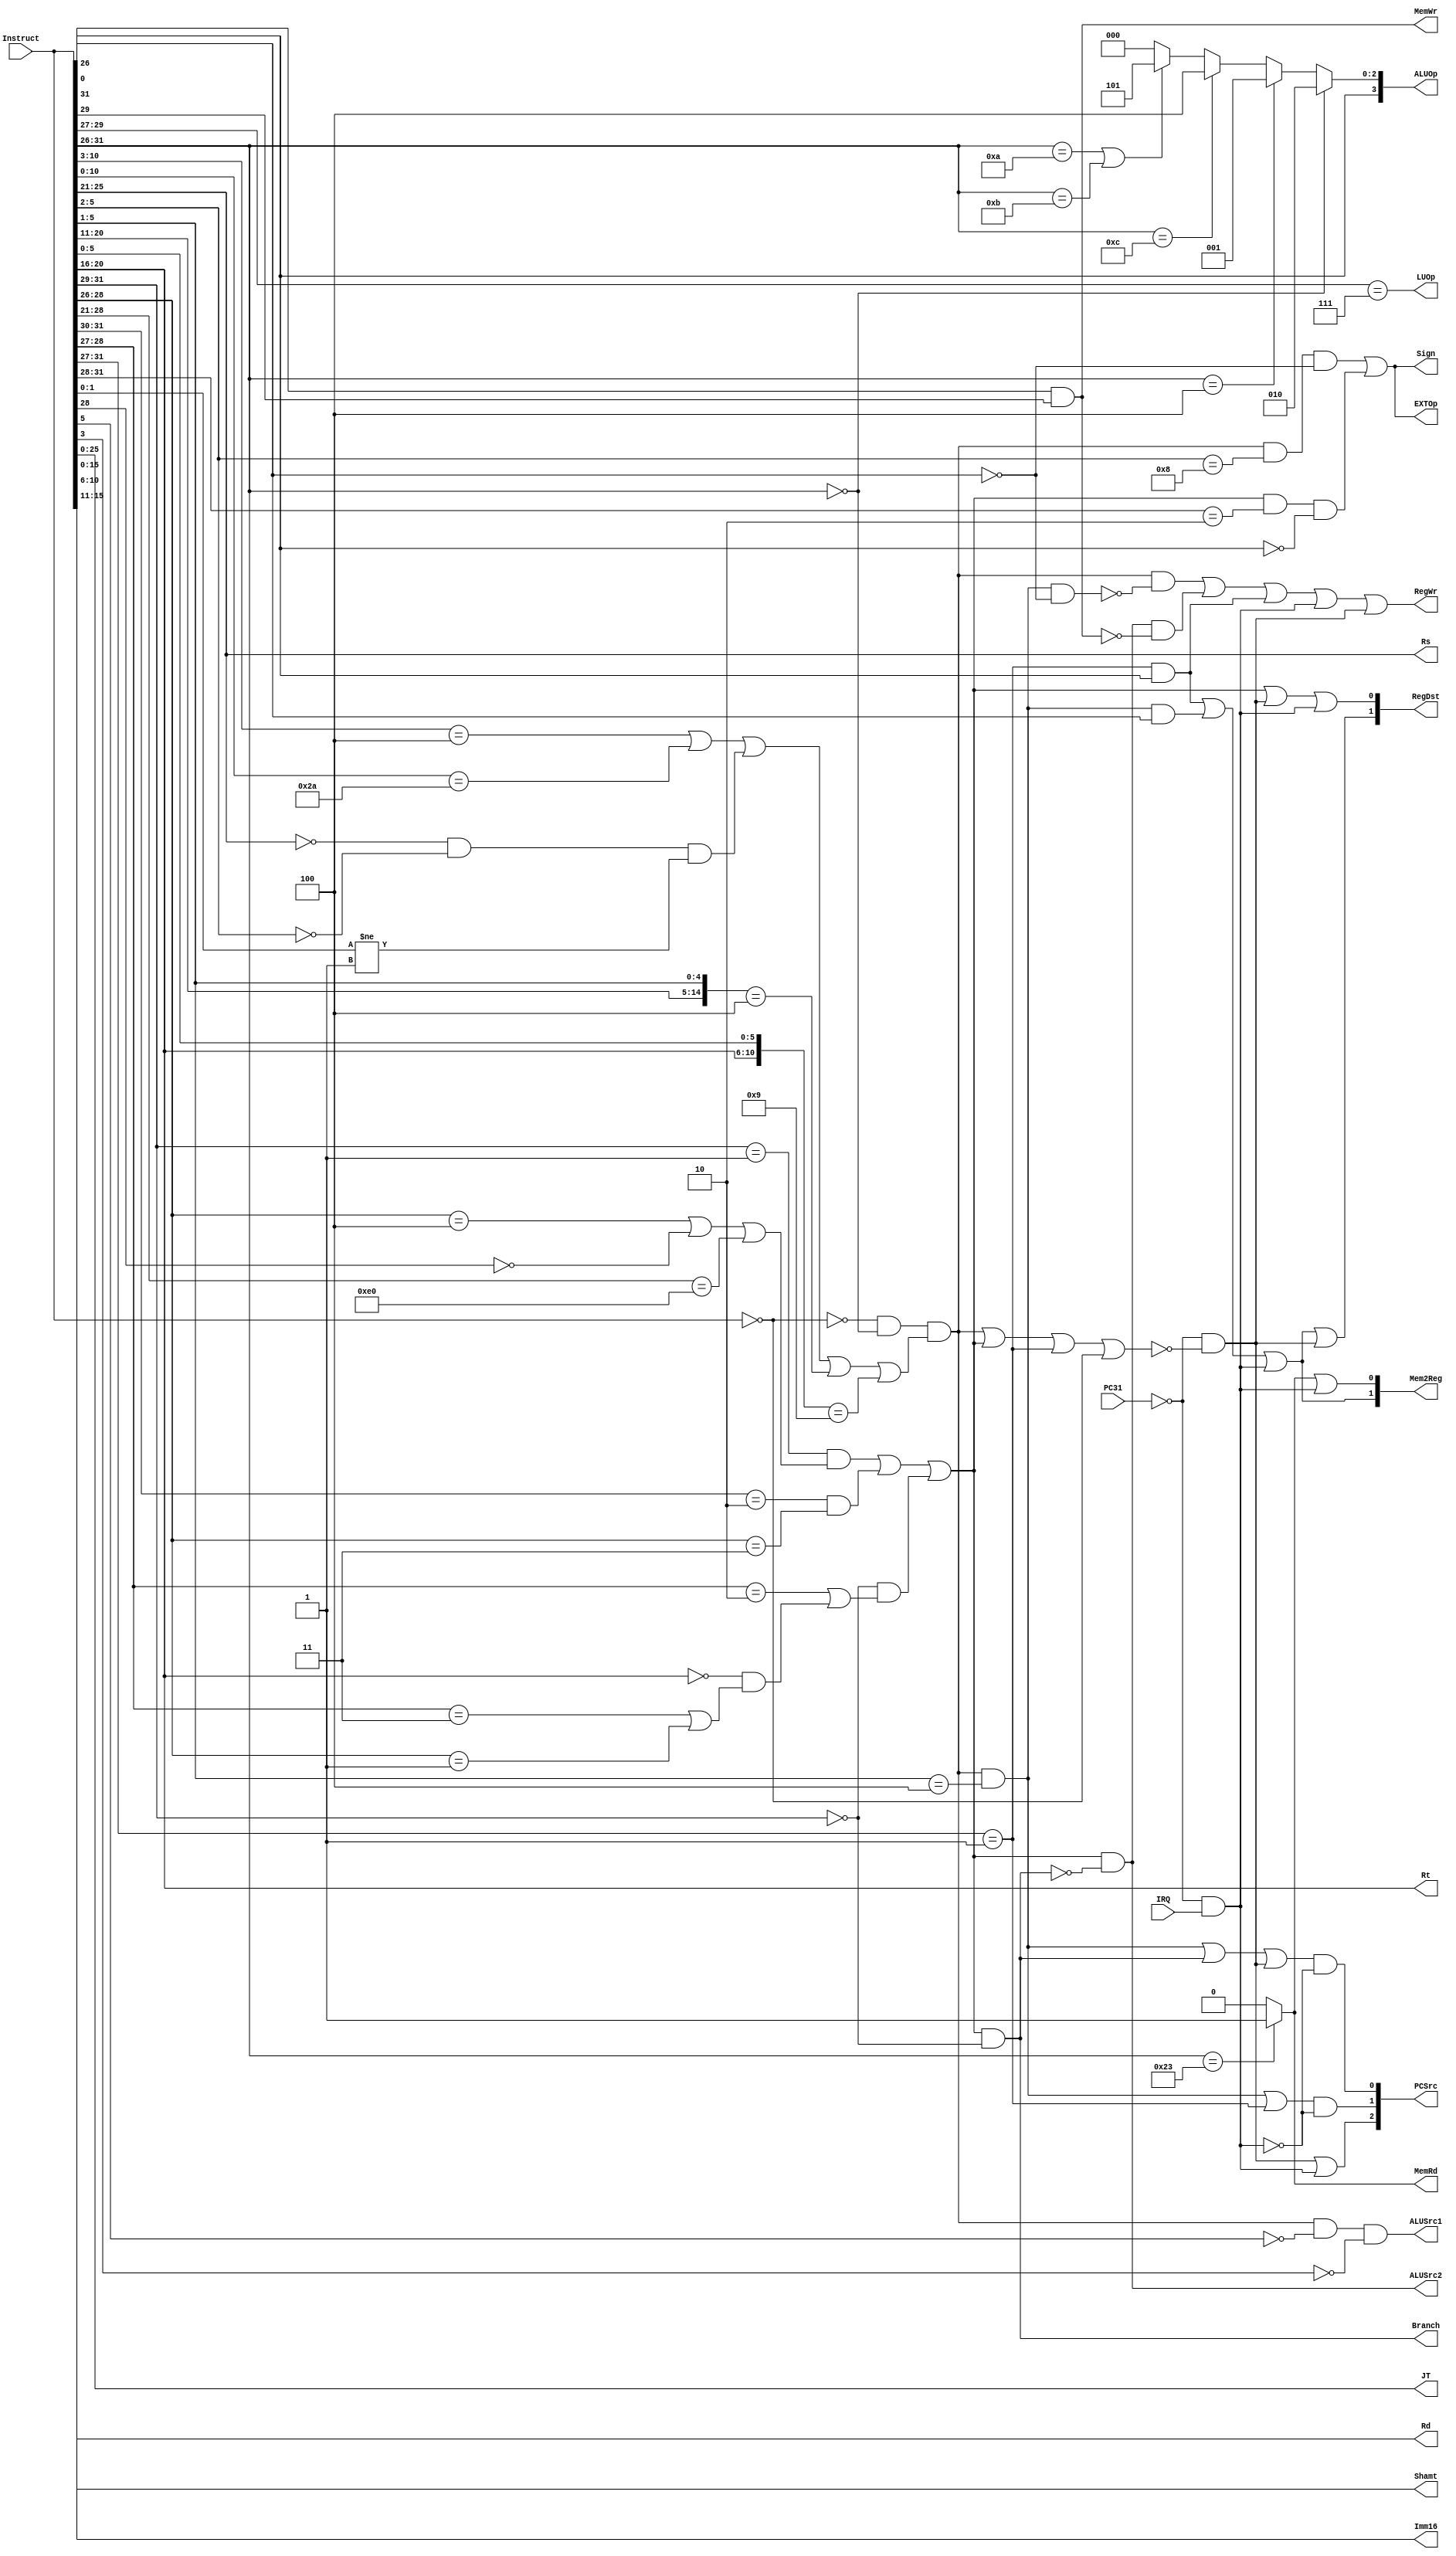
module Control(Instruct, PC31,IRQ, JT, Imm16, Shamt, Rd,Rt,Rs,PCSrc,RegDst,
  RegWr,ALUSrc1,ALUSrc2,ALUOp,Sign,MemWr,MemRd,Mem2Reg,EXTOp,LUOp, Branch);
  
  input [31:0] Instruct; 
  input PC31;
  input IRQ; 
  output [25:0] JT;
  output [15:0] Imm16;
  output [4:0] Shamt, Rd, Rt, Rs;
  output [2:0] PCSrc;
  output [1:0] RegDst, Mem2Reg;
  output [3:0] ALUOp;
  output RegWr, ALUSrc1, ALUSrc2, Sign, MemWr, MemRd, EXTOp, LUOp, Branch;

  wire  [5:0] Opcode, Funct;  //Opcode, Funct
  wire R,I,J,JR,nop;          //
  wire Branch; //
  wire state;               //?(0)?(1)
  wire bad_instruction;          //?
  wire IRQ_proc; //
  wire EXP_proc; //

  assign Opcode=Instruct[31:26];
  assign Funct=Instruct[5:0];
  assign JT=Instruct[25:0]; 
  assign Imm16=Instruct[15:0];
  assign Shamt=Instruct[10:6];
  assign Rd=Instruct[15:11];
  assign Rt=Instruct[20:16];
  assign Rs=Instruct[25:21];

  assign nop=(Instruct==32'h0);  //nop, 1

  assign R= ~nop&(Opcode==6'b0)&
   			( (Instruct[10:3]==8'b00000100) |      //add,addu,sub,subu,and,or,xor,nor
				(Instruct[10:0]==11'b00000101010) |  //slt
				((Instruct[25:21] == 5'd0)&(Instruct[5:2]==4'd0)&(Instruct[1:0]!=2'b01))| //sll,srl,sra
				({Instruct[20:11],Instruct[5:1]}==15'b000000000000100) |               //jr
				({Instruct[20:16],Instruct[5:0]}==11'b00000001001)                     //jalr
			);    
  assign I=
      ( ((Instruct[31:29]==3'b001)&((Instruct[28:26]==3'b100)|~Instruct[28]|(Instruct[28:21]==8'b11100000)))|  //addi,addiu,andi,slti,sltiu,lui
			  ((Instruct[31:30]==2'b10)&(Instruct[28:26]==3'b011))|  //lw,sw
			  ((Instruct[31:29]==3'b000)&((Instruct[28:27]==2'b10)|  //beq,bne
			  ((Instruct[20:16]==5'b00000)&((Instruct[28:27]==2'b11)|(Instruct[28:26]==3'b001)))))//blez,bgtz,bltz
		  );
  assign J=(Instruct[31:27]==5'b00001);  //j,jal
	assign JR=R&(Instruct[5:1]==5'b00100); //jr,jalr
  assign bad_instruction=~(R|I|J|nop);   //?mips

  //?
  assign Branch=I&(Instruct[31:29]==3'b000);  //beq,bne,blez,bgtz,bltz

  //?
  assign IRQ_proc=~PC31 & IRQ; 
  assign EXP_proc=~PC31 & bad_instruction; 
 
  //PCSrc, branch001, jump010, jr/jalr 011, 100,  101, 000
  assign PCSrc[0]=(JR|Branch|EXP_proc)&~IRQ_proc;
  assign PCSrc[1]=(JR|J)&~IRQ_proc;
  assign PCSrc[2]=EXP_proc|IRQ_proc;

  //MemRd, lw?1
  assign MemRd=(Opcode == 6'h23)? 1'b1: 1'b0;

  //Mem2Reg,  00-ALU; 01-lw ; 10-PC; 11-(PC-4)
  assign Mem2Reg[0]=MemRd|IRQ_proc; //lw, 
  assign Mem2Reg[1]=(J&Opcode[0])|(JR&Funct[0])|IRQ_proc; //jal, jalr, 

  //RegWr, Rjr, Ibranchsw, jal, 
  assign RegWr=(R&~(JR&~Funct[0])) | (I&~Branch&~MemWr) | (J&Opcode[0]) | IRQ_proc | EXP_proc;

  //MemWr, sw?1
  assign MemWr=Opcode[5]&Opcode[3];  //Opcode==6'b101011

  //RegDst, 00$rd(R?),01?$rt(I?), 10?(jal, jalr, )31($ra), 11?(, )26($k0)
  assign RegDst[0]=I | EXP_proc | IRQ_proc;
  assign RegDst[1]=Mem2Reg[1] | EXP_proc;

  //Sign, add, sub, addi, slti
  assign Sign=(R&(Funct[5:2]==4'b1000)&~Funct[0]) | (I&(Opcode[5:2]==4'b0010)&~Opcode[0]);

  //ALUOp
  assign ALUOp[2:0] = 
		(Opcode == 6'h00)? 3'b010: 
		(Opcode == 6'h04)? 3'b001: 
		(Opcode == 6'h0c)? 3'b100: 
		(Opcode == 6'h0a || Opcode == 6'h0b)? 3'b101: 
		3'b000;
	assign ALUOp[3] = Opcode[0];

  //ALUSrc1, sll, srl, sra1, ?0
  assign ALUSrc1=R&~Funct[5]&~Funct[3];  //sll,srl,sra
  
  //ALUSrc2, branchI1
  assign ALUSrc2=I&~Branch; 

  //EXTOp, Sign
  assign EXTOp=Sign;

  //LUOp, lui?1
  assign LUOp=(Opcode[3:1]==3'b111); //lui

endmodule